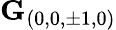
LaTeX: \mathbf{G}_{(0,0,\pm 1,0)}